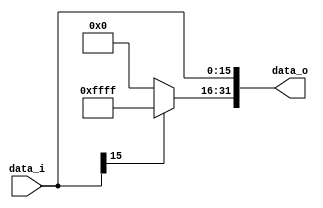
`timescale 1ns / 1ps

module Sign_Extend(
	data_i,
	data_o,
);

//Input and output
input [16-1:0] data_i;
output [32-1:0] data_o;

//Internal signals
reg signed [32-1:0] data_o;

//Main function
initial begin
	data_o = 0;
end

always @ (data_i) begin
	if (data_i[15] == 0) data_o[31:16] = 16'd0;
	else data_o[31:16] = 16'b1111111111111111;

	data_o[15:0] = data_i;	
end

endmodule